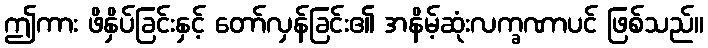
ဤကား ဖိနှိပ်ခြင်းနှင့် တော်လှန်ခြင်း၏ အနိမ့်ဆုံးလက္ခဏာပင် ဖြစ်သည်။